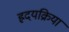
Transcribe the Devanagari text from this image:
ह्रदयक्रिया